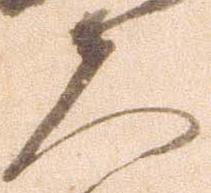
夫